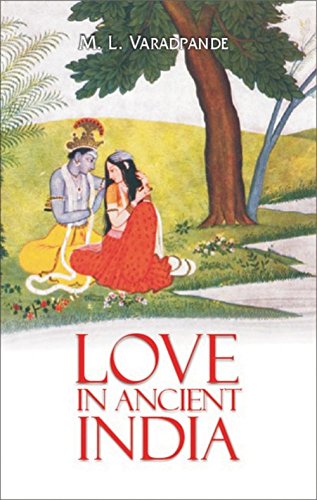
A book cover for Love in Ancient India; M. L. Varadpande; Romance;